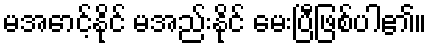
မအောင့်နိုင် မအည်းနိုင် မေးပြီဖြစ်ပါ၏။